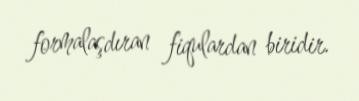
formalaşdıran fiqulardan biridir.